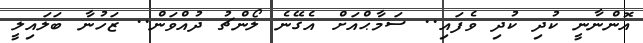
އޮންނާނީ ކުދި ކުދި ވެފައި.. ސަމާޙްއަށް އެގޭނެ ލޯންޗު ދުއްވަން.. ޒަހުނާ ބަލައިލީ